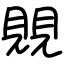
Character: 覞